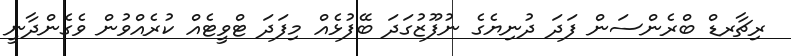
ރިޗާރޑް ބްރެންސަން ފަދަ ދުނިޔެގެ ނުފޫޒުގަދަ ބޭފުޅެއް މިފަދަ ޓްވީޓެއް ކުރެއްވުން ވެގެންދާނީ